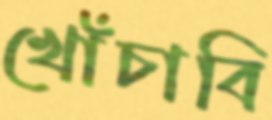
খোঁচাবি